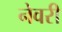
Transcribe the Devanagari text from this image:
नेवरी